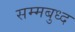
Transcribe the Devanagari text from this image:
सम्मबुध्द